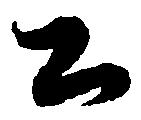
公